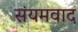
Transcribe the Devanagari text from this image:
संयमवाद